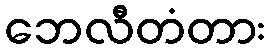
ဘေလီတံတား